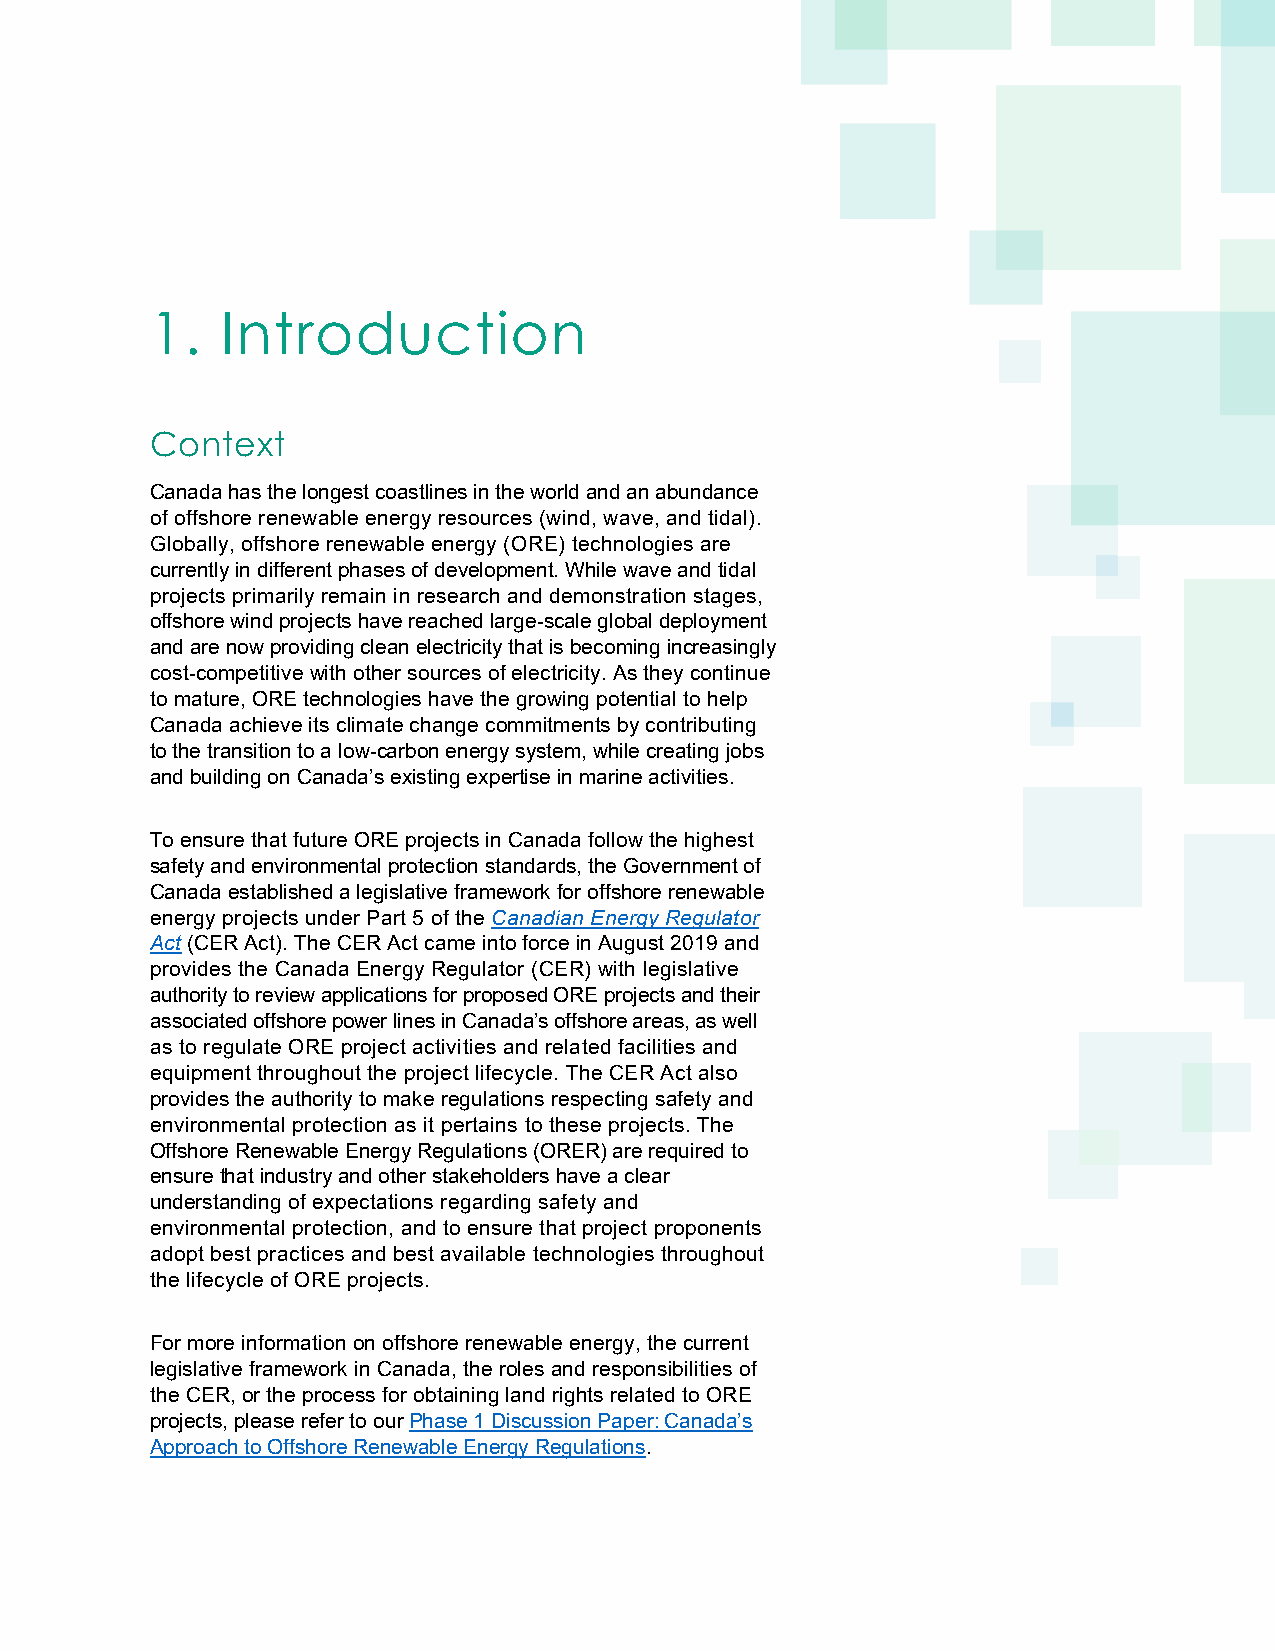
1.   Introduction
 Context
 Canada has the longest coastlines in the world and an abundance
 of offshore renewable energy resources (wind, wave, and tidal).
 Globally, offshore renewable energy (ORE) technologies are
 currently in different phases of development. While wave and tidal
 projects primarily remain in research and demonstration stages,
 offshore wind projects have reached large-scale global deployment
 and are now providing clean electricity that is becoming increasingly
 cost-competitive with other sources of electricity. As they continue
 to mature, ORE technologies have the growing potential to help
 Canada achieve its climate change commitments by contributing
 to the transition to a low-carbon energy system, while creating jobs
 and building on Canada’s existing expertise in marine activities.
 To ensure that future ORE projects in Canada follow the highest
 safety and environmental protection standards, the Government of
 Canada established a legislative framework for offshore renewable
 energy projects under Part 5 of the Canadian Energy Regulator
 Act (CER Act). The CER Act came into force in August 2019 and
 provides the Canada Energy Regulator (CER) with legislative
 authority to review applications for proposed ORE projects and their
 associated offshore power lines in Canada’s offshore areas, as well
 as to regulate ORE project activities and related facilities and
 equipment throughout the project lifecycle. The CER Act also
 provides the authority to make regulations respecting safety and
 environmental protection as it pertains to these projects. The
 Offshore Renewable Energy Regulations (ORER) are required to
 ensure that industry and other stakeholders have a clear
 understanding of expectations regarding safety and
 environmental protection, and to ensure that project proponents
 adopt best practices and best available technologies throughout
 the lifecycle of ORE projects.
 For more information on offshore renewable energy, the current
 legislative framework in Canada, the roles and responsibilities of
 the CER, or the process for obtaining land rights related to ORE
 projects, please refer to our Phase 1 Discussion Paper: Canada’s
 Approach to Offshore Renewable Energy Regulations.